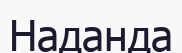
Наданда